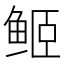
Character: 𱇬